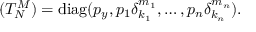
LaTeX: ( T _ { N } ^ { M } ) = \mathrm { d i a g } ( p _ { y } , p _ { 1 } \delta _ { k _ { 1 } } ^ { m _ { 1 } } , \ldots , p _ { n } \delta _ { k _ { n } } ^ { m _ { n } } ) .